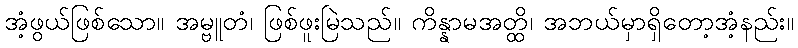
အံ့ဖွယ်ဖြစ်သော။ အမ္ဗူတံ၊ ဖြစ်ဖူးမြဲသည်။ ကိန္နာမအတ္ထိ၊ အဘယ်မှာရှိတော့အံ့နည်း။